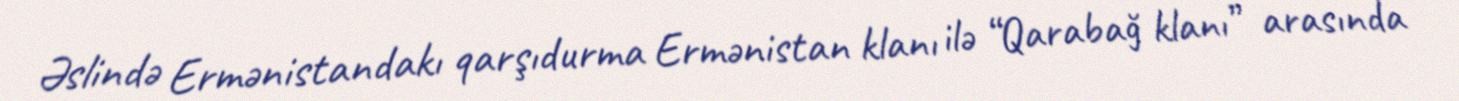
Əslində Ermənistandakı qarşıdurma Ermənistan klanı ilə “Qarabağ klanı” arasında